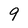
Character: 9